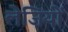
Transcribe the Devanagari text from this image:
लेज़ियों